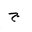
Letter: _gim